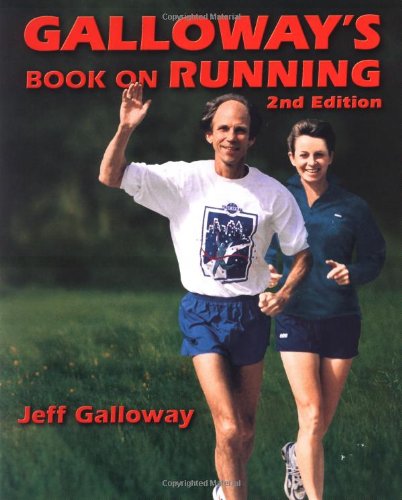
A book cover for Galloway's Book on Running; Jeff Galloway; Sports & Outdoors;